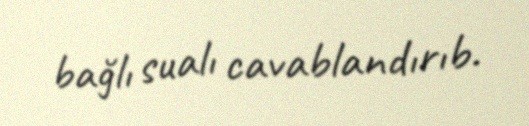
bağlı sualı cavablandırıb.